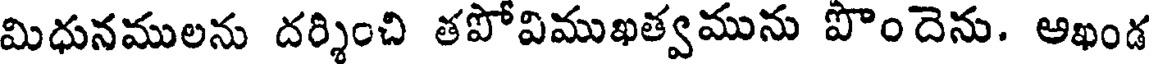
మిధునములను దర్శించి తపోవిముఖత్వమును పొందెను. ఆఖండ